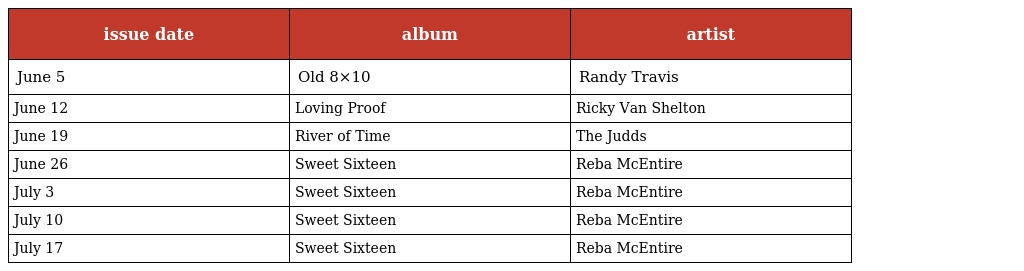
| issue date | album | artist |
 | --- | --- | --- |
 | June 5 | Old 8×10 | Randy Travis |
 | June 12 | Loving Proof | Ricky Van Shelton |
 | June 19 | River of Time | The Judds |
 | June 26 | Sweet Sixteen | Reba McEntire |
 | July 3 | Sweet Sixteen | Reba McEntire |
 | July 10 | Sweet Sixteen | Reba McEntire |
 | July 17 | Sweet Sixteen | Reba McEntire |